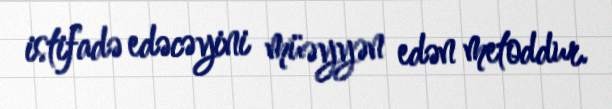
istifadə edəcəyini müəyyən edən metoddur.